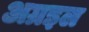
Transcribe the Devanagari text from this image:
अग्रइल